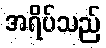
အရိပ်သည်